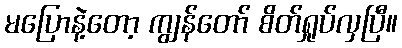
မပြောနဲ့တော့ ကျွန်တော် စိတ်ရှုပ်လှပြီ။